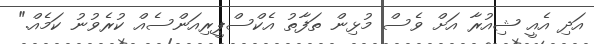
އަދި އެއީ ޝިއުރާ އަށް ވެސް މުޅިން ތަފާތު އެކްސްޕީރިއަންސެއް ކުރެވުނު ކަމެއް."